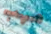
مهب